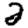
Digit: 2